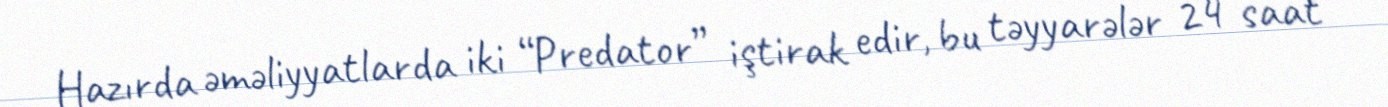
Hazırda əməliyyatlarda iki “Predator” iştirak edir, bu təyyarələr 24 saat